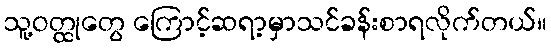
သူ့ဝတ္ထုတွေ ကြောင့်ဆရာ့မှာသင်ခန်းစာရလိုက်တယ်။